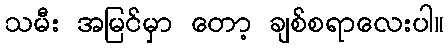
သမီး အမြင်မှာ တော့ ချစ်စရာလေးပါ။